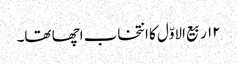
۱۲ ربیع الاوّل کا انتخاب اچھا تھا۔